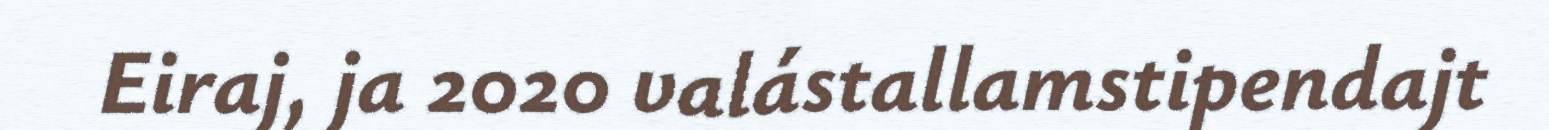
Eiraj, ja 2020 valástallamstipendajt